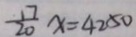
\frac { 1 7 } { 2 0 } x = 4 2 5 0